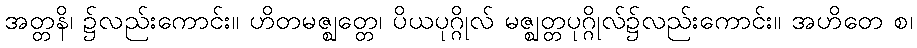
အတ္တနိ၊ ၌လည်းကောင်း။ ဟိတမဇ္ဈတ္တေ၊ ပိယပုဂ္ဂိုလ် မဇ္ဈတ္တပုဂ္ဂိုလ်၌လည်းကောင်း။ အဟိတေ စ၊